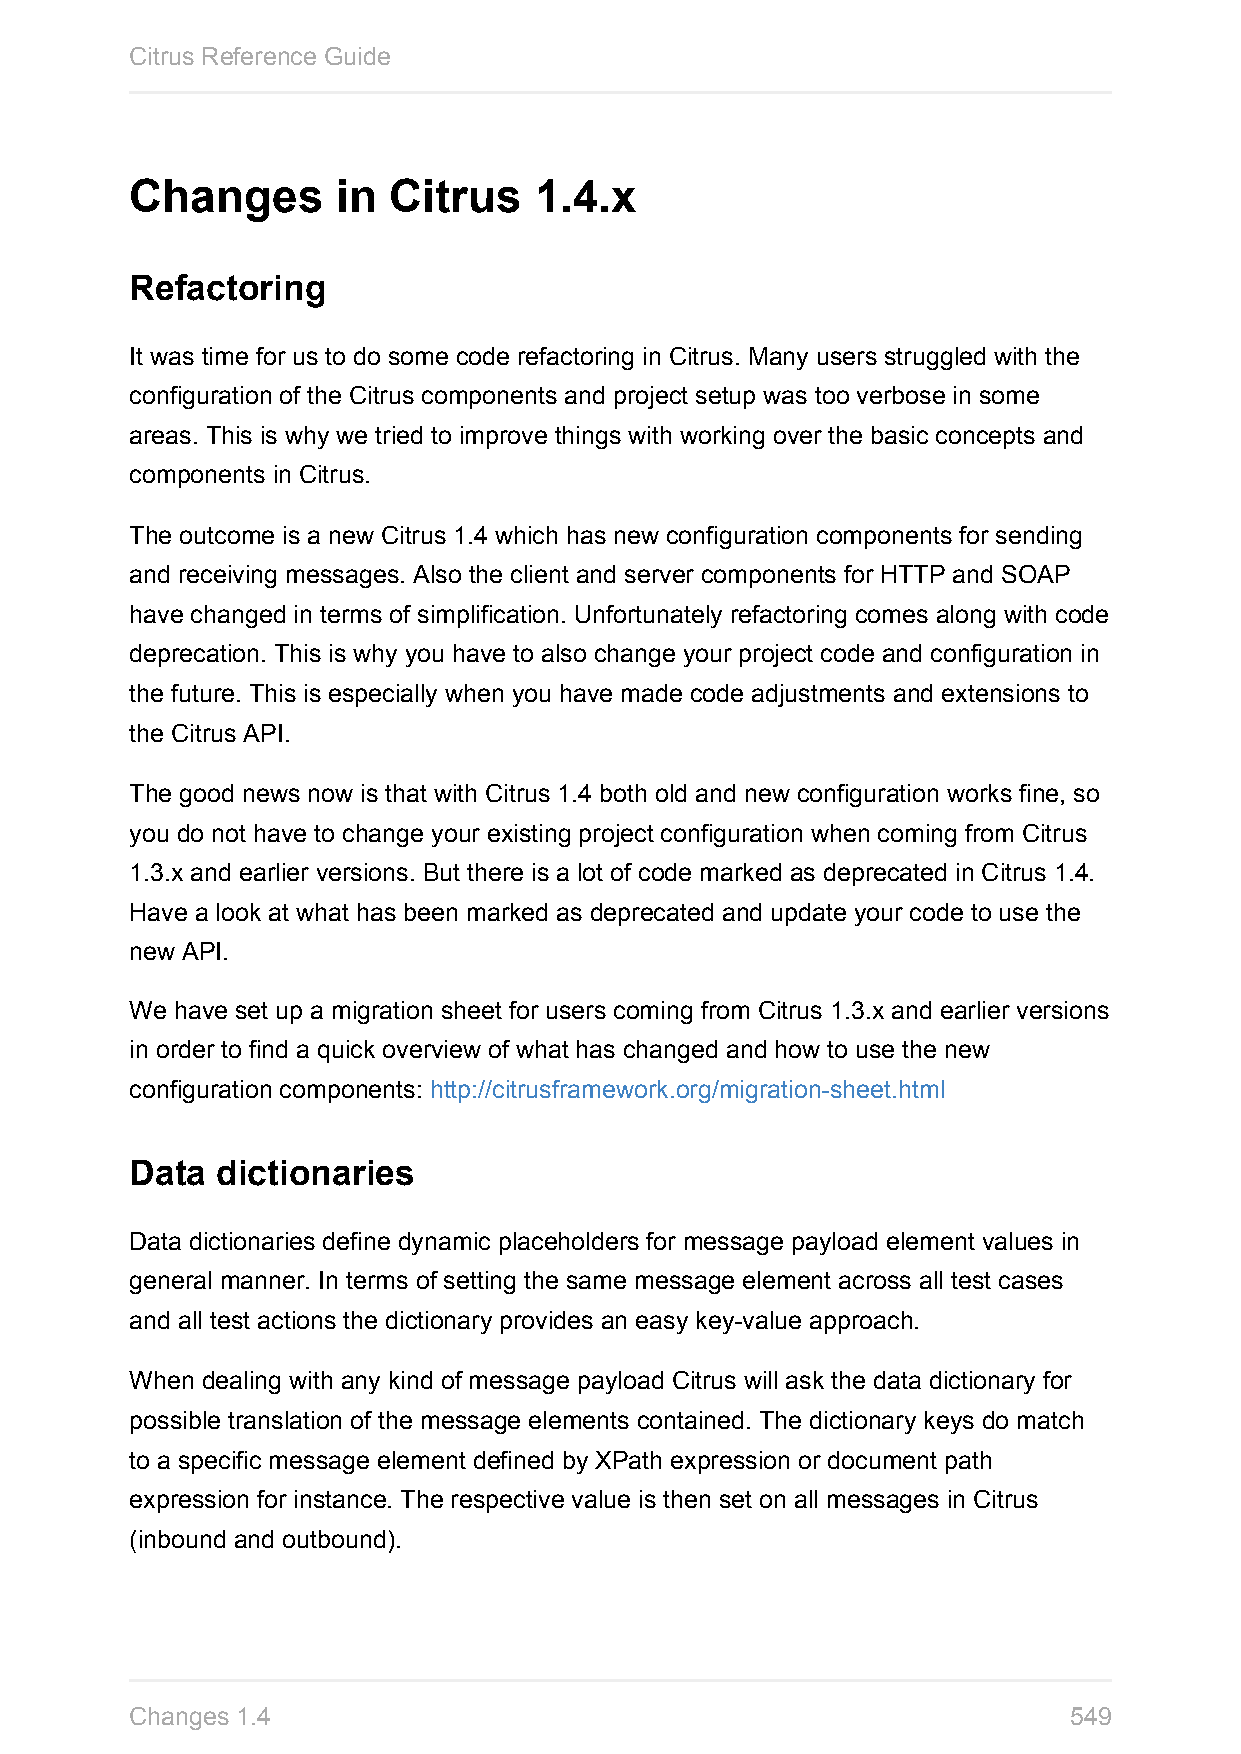
Citrus Reference Guide
 Changes      in  Citrus   1.4.x
 Refactoring
 It was time for us to do some code refactoring in Citrus. Many users struggled with the
 configuration of the Citrus components and project setup was too verbose in some
 areas. This is why we tried to improve things with working over the basic concepts and
 components in Citrus.
 The outcome is a new Citrus 1.4 which has new configuration components for sending
 and receiving messages. Also the client and server components for HTTP and SOAP
 have changed in terms of simplification. Unfortunately refactoring comes along with code
 deprecation. This is why you have to also change your project code and configuration in
 the future. This is especially when you have made code adjustments and extensions to
 the Citrus API.
 The good news now is that with Citrus 1.4 both old and new configuration works fine, so
 you do not have to change your existing project configuration when coming from Citrus
 1.3.x and earlier versions. But there is a lot of code marked as deprecated in Citrus 1.4.
 Have a look at what has been marked as deprecated and update your code to use the
 new API.
 We have set up a migration sheet for users coming from Citrus 1.3.x and earlier versions
 in order to find a quick overview of what has changed and how to use the new
 configuration components: http://citrusframework.org/migration-sheet.html
 Data dictionaries
 Data dictionaries define dynamic placeholders for message payload element values in
 general manner. In terms of setting the same message element across all test cases
 and all test actions the dictionary provides an easy key-value approach.
 When dealing with any kind of message payload Citrus will ask the data dictionary for
 possible translation of the message elements contained. The dictionary keys do match
 to a specific message element defined by XPath expression or document path
 expression for instance. The respective value is then set on all messages in Citrus
 (inbound and outbound).
 Changes 1.4                                                   549